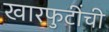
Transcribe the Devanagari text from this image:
खारफुटींची